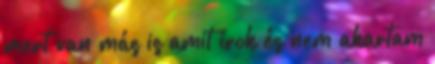
mert van más is amit írok és nem akartam